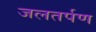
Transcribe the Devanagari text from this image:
जलतर्पण